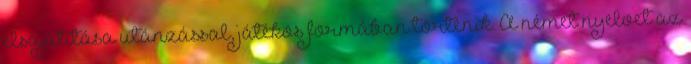
elsajátítása utánzással, játékos formában történik. A német nyelvet az